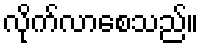
လိုက်လာစေသည်။